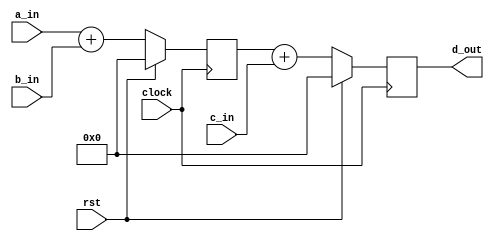
module simple_comp
(
    a_in, b_in, c_in,
    d_out,
    clock, rst
);

    input [15:0] a_in;
    input [15:0] b_in;
    input [15:0] c_in;

    input clock;
    input rst;

    output [15:0] d_out;

    reg [15:0] sum_c;
    reg [15:0] sum_d;

    always @ (posedge clock)
        if(rst)
            sum_c <= 16'b0;
        else
            sum_c <= a_in + b_in;

    always @ (posedge clock)
        if(rst)
            sum_d <= 16'b0;
        else
            sum_d <= sum_c + c_in;

    assign d_out = sum_d;

endmodule